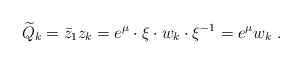
\begin{align*}\widetilde Q_k = {\bar z_1} z_k = e^\mu \cdot \xi \cdot w_k \cdot\xi^{-1} = e^\mu w_k \ .\end{align*}